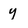
Character: y